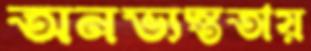
অনভ্যস্ততায়